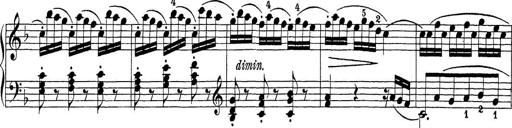
Title: Sonatina Album
Composer: Louis KÃ¶hler